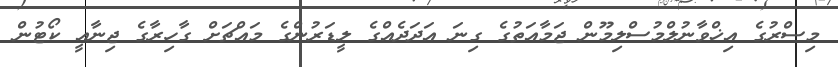
މިސްރުގެ އިޚްވާނުލްމުސްލިމޫން ޖަމާއަތުގެ ގިނަ އަދަދެއްގެ ލީޑަރުންގެ މައްޗަށް ގާހިރާގެ ޖިނާއީ ކޯޓުން